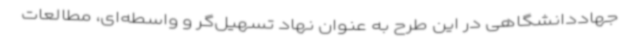
جهاددانشگاهی در این طرح به عنوان نهاد تسهیل‌گر و واسطه‌ای، مطالعات